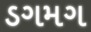
ડગમગ